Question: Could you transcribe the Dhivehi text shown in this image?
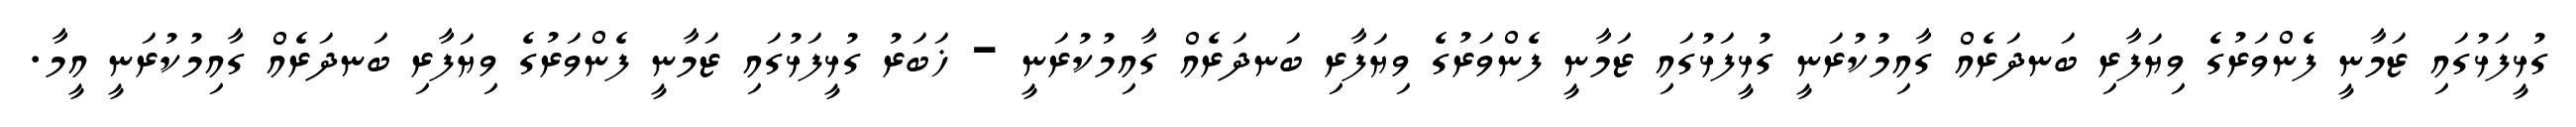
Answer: ގުޅީފަޅުގައި ޒަމާނީ ފެންވަރުގެ ވިޔަފާރި ބަނދަރެއް ގާއިމުކުރަނީ ގުޅީފަޅުގައި ޒަމާނީ ފެންވަރުގެ ވިޔަފާރި ބަނދަރެއް ގާއިމުކުރަނީ - ޚަބަރު ގުޅީފަޅުގައި ޒަމާނީ ފެންވަރުގެ ވިޔަފާރި ބަނދަރެއް ގާއިމުކުރަނީ އީމާ.